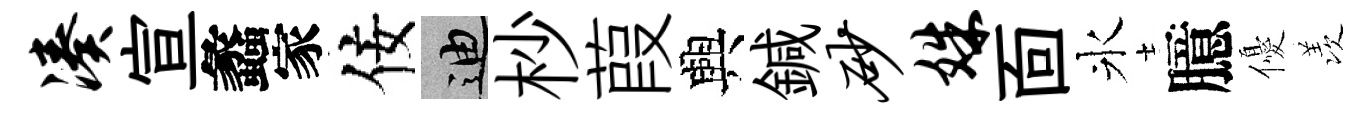
凑宣蠡家佞迪杪葭興鍼砂姝靣氷臆優羡